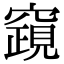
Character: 竀